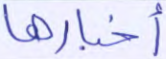
أخبارها